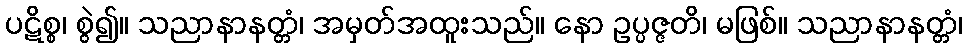
ပဋိစ္စ၊ စွဲ၍။ သညာနာနတ္တံ၊ အမှတ်အထူးသည်။ နော ဥပ္ပဇ္ဇတိ၊ မဖြစ်။ သညာနာနတ္တံ၊